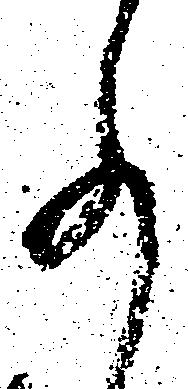
事